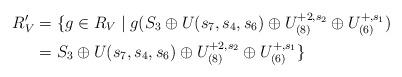
LaTeX: \begin{align*}R'_V & =\{g\in R_V\mid g(S_3\oplus U(s_7,s_4,s_6)\oplus U_{(8)}^{+2,s_2}\oplus U_{(6)}^{+,s_1}) \\& =S_3\oplus U(s_7,s_4,s_6)\oplus U_{(8)}^{+2,s_2}\oplus U_{(6)}^{+,s_1}\}\end{align*}